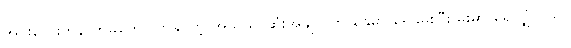
အင်းလေးကန် တိမ်ကောလာနိုင်တဲ့ အသိသာဆုံးအချက်က နွေမှာ ရေခမ်းပြီး မိုးမှာ ရေလျှံတယ်။